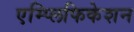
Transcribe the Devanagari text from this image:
एम्प्लिफिकेशन